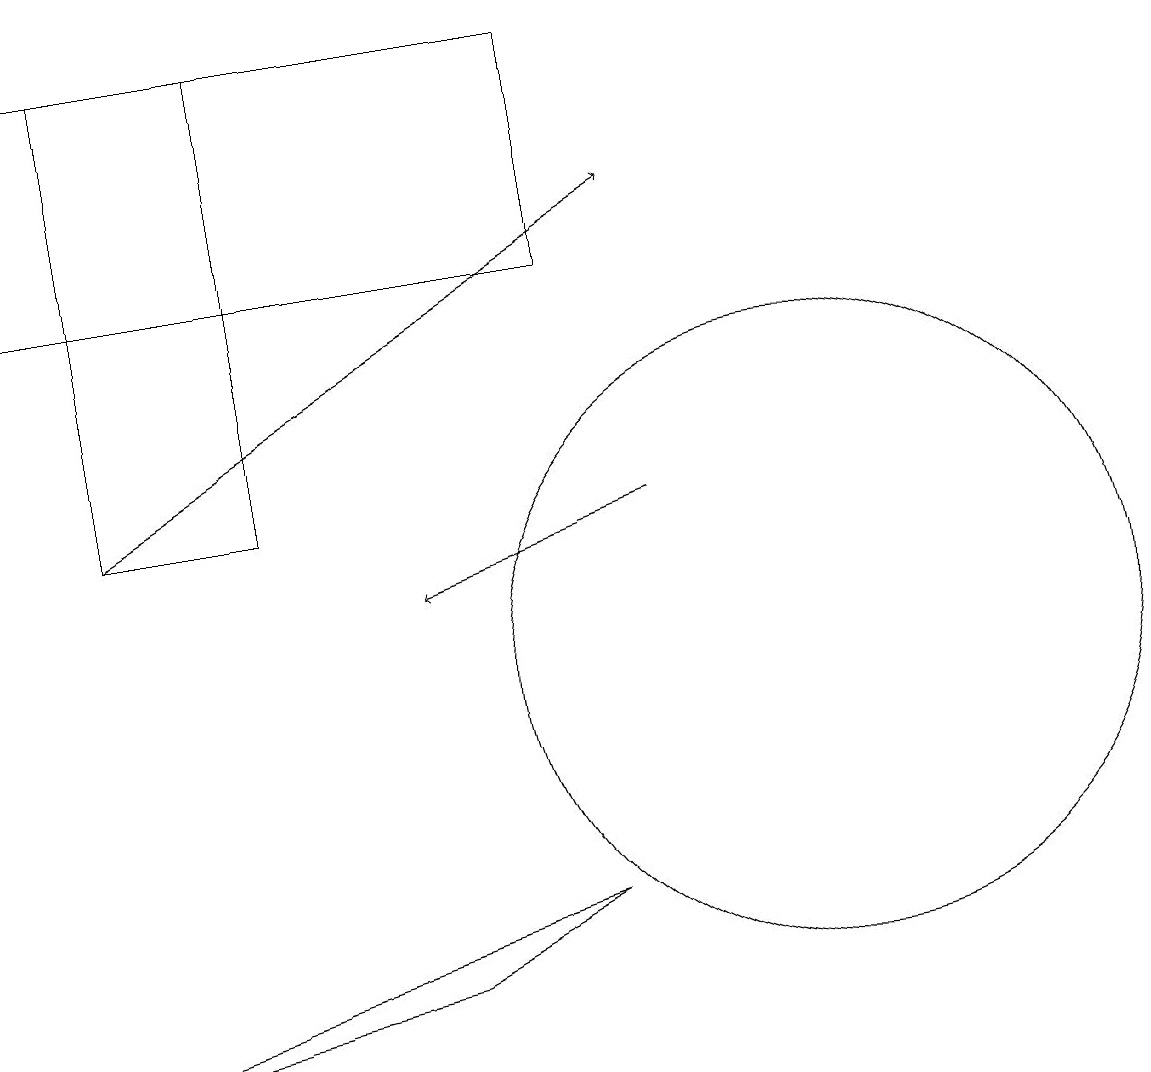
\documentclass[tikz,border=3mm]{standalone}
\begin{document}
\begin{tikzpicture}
\draw[->] (1,12) -- (8,16);
\draw[->] (8,12) -- (5,11);
\draw (10,10) circle (4);
\draw (7,18) rectangle (0,15);
\draw (3,12) rectangle (1,18);
\draw (5,6) -- (0,5) -- (7,7) -- cycle;
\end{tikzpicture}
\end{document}